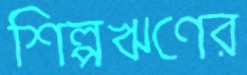
শিল্পঋণের